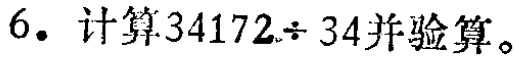
6. 计算\(34172\div 34\)并验算。